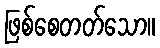
ဖြစ်စေတတ်သော။